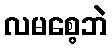
လမစေ့ဘဲ